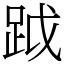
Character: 䟠